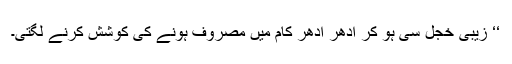
‘‘ زیبی خجل سی ہو کر اِدھر اُدھر کام میں مصروف ہونے کی کوشش کرنے لگتی۔